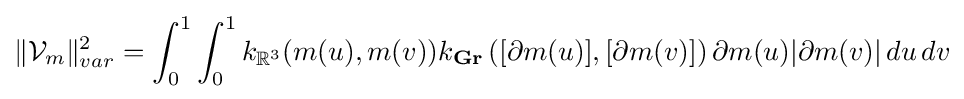
\|{\mathcal {V}}_{m}\|_{var}^{2}=\int _{0}^{1}\int _{0}^{1}k_{\mathbb {R} ^{3}}(m(u),m(v))k_{\mathbf {Gr} }\left([\partial m(u)],[\partial m(v)]\right)\partial m(u){|}\partial m(v){|}\,du\,dv